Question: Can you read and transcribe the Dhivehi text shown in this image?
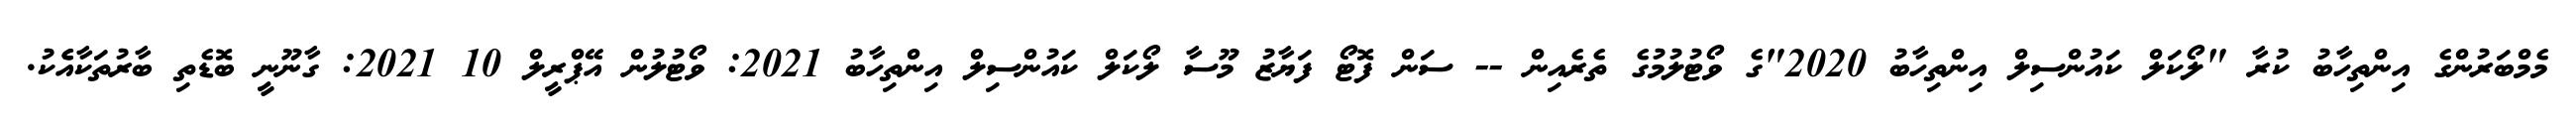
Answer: މެމްބަރުންގެ އިންތިހާބު ކުރާ "ލޯކަލް ކައުންސިލް އިންތިހާބު 2020"ގެ ވޯޓުލުމުގެ ތެރެއިން -- ސަން ފޮޓޯ ފަޔާޒު މޫސާ ލޯކަލް ކައުންސިލް އިންތިހާބު 2021: ވޯޓުލުން އޭޕްރީލް 10 2021: ގާނޫނީ ބޮޑެތި ބާރުތަކާއެެކު.